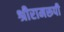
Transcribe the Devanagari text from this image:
श्रीरामरूपी